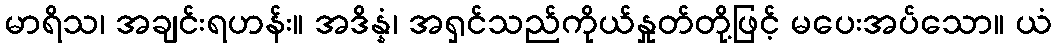
မာရိသ၊ အချင်းရဟန်း။ အဒိန္နံ၊ အရှင်သည်ကိုယ်နှုတ်တို့ဖြင့် မပေးအပ်သော။ ယံ